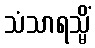
သံသာရသ္မိံ